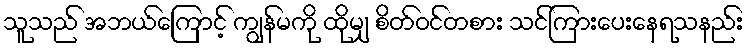
သူသည် အဘယ်ကြောင့် ကျွန်မကို ထိုမျှ စိတ်ဝင်တစား သင်ကြားပေးနေရသနည်း